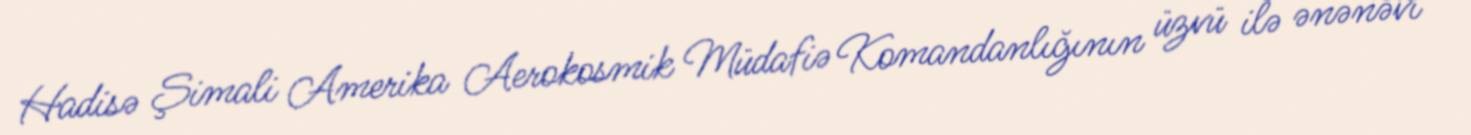
Hadisə Şimali Amerika Aerokosmik Müdafiə Komandanlığının üzvü ilə ənənəvi